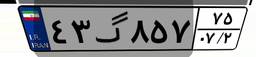
۴۳گ۸۵۷۷۵